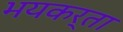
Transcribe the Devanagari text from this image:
भयकर्ता